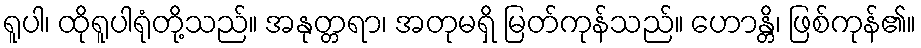
ရူပါ၊ ထိုရူပါရုံတို့သည်။ အနုတ္တရာ၊ အတုမရှိ မြတ်ကုန်သည်။ ဟောန္တိ၊ ဖြစ်ကုန်၏။